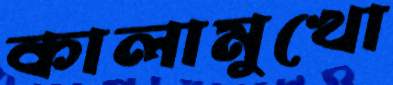
কালামুখো